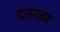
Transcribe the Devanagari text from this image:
दसरता